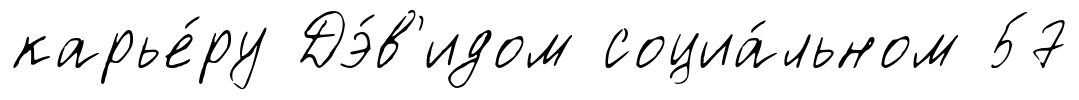
карье́ру Дэ́в'идом социа́льном 57